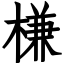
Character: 槏